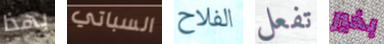
بهذا السباتي الفلاح تفعل بخير